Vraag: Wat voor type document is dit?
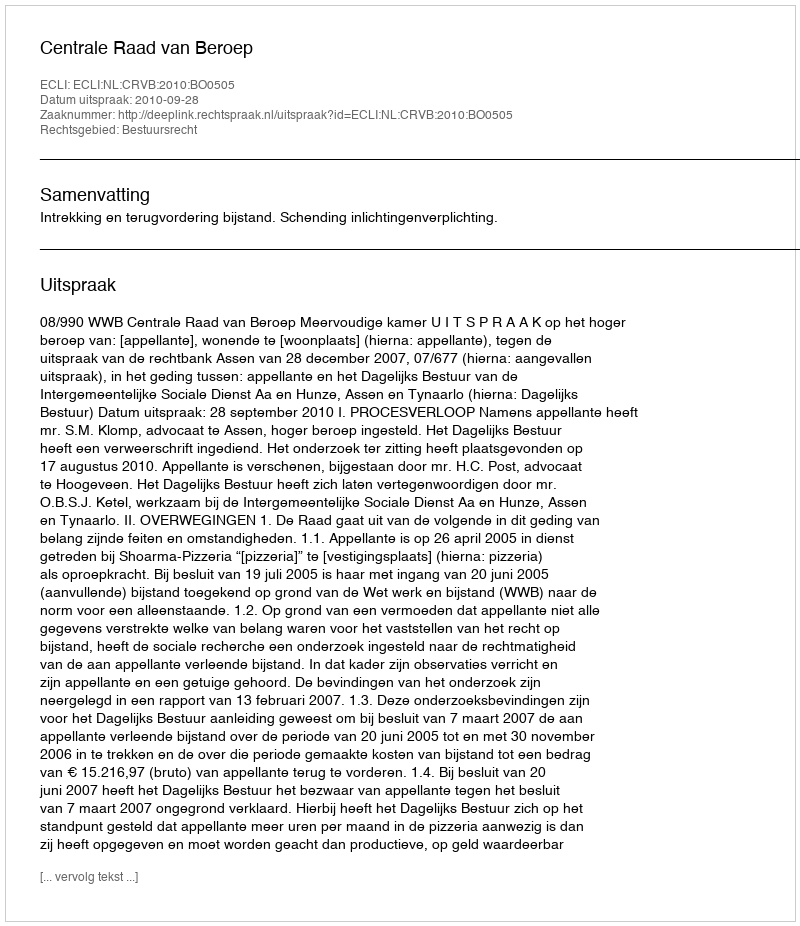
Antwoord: Uitspraak